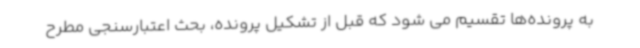
به پرونده‌ها تقسیم می شود که قبل از تشکیل پرونده، بحث اعتبارسنجی مطرح